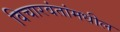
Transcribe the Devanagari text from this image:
विचारवंतांमधील